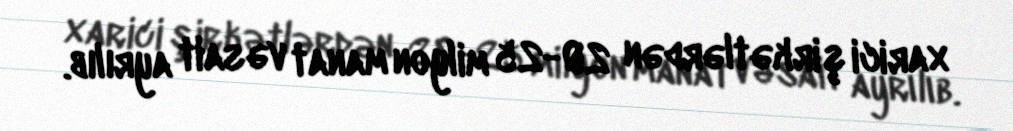
xarici şirkətlərdən 20-25 milyon manat vəsait ayrılıb.